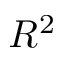
R ^ { 2 }